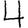
Digit: 4